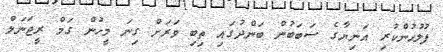
ފުލުހުންކުރި އަނިޔާގެ ސަބަބުން ބަންދުގައި ތިބި ވަރަށް ގިނަ މީހުން ގަމް ރީޖަނަލް